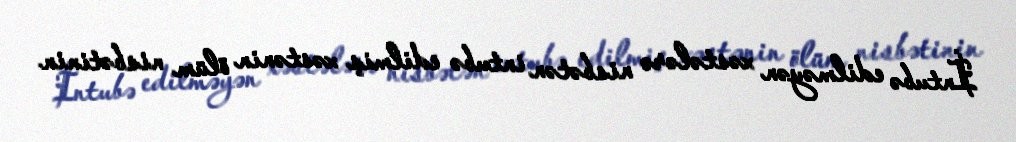
İntubə edilməyən xəstələrə nisbətən intubə edilmiş xəstənin ölüm nisbətinin